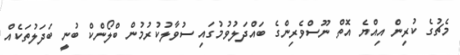
މެޗުގެ ކުރިން އިއްޔެ އޮތް ނޫސްވެރިންގެ ބައްދަލުވުމުގައި ސުވާލުކުރުމުން ބްލޯންކް ބުނީ ބަދަލުތަކެއް